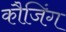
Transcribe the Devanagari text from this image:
कौजिंग